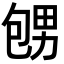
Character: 𪽕